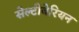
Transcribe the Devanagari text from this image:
सेल्टीबेरियन